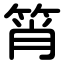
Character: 筲